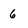
Character: 6